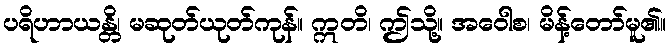
ပရိဟာယန္တိ၊ မဆုတ်ယုတ်ကုန်။ ဣတိ၊ ဤသို့။ အဝေါစ၊ မိန့်တော်မူ၏။